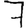
Digit: 7